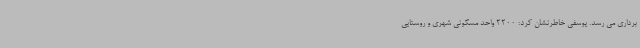
برداری می رسد. یوسفی خاطرنشان کرد: 2200 واحد مسکونی شهری و روستایی